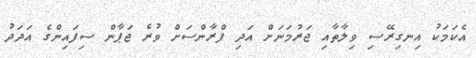
އެކަމަކު އިނގިރޭސި ވިލާތާއި ޖަރުމަނަށް އަދި ފްރާންސަށް ވުރެ ޖަޕާން ސިފައިންގެ އަދަދު